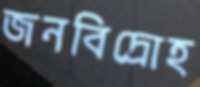
জনবিদ্রোহ